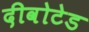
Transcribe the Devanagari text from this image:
दीवोटेड